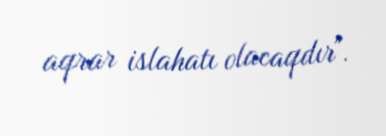
aqrar islahatı olacaqdır".